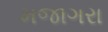
મજાગરા